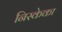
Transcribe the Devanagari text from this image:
निस्केका